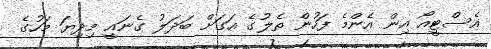
އެސްޓީއޯ އިން އެންމެ ފަހުން ތެލުގެ އަގަށް ބަދަލު ގެނައީ މިދިޔަ މަހުގެ